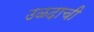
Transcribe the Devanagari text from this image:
उळदाची